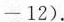
-12）.